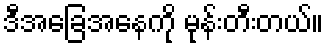
ဒီအခြေအနေကို မုန်းတီးတယ်။